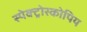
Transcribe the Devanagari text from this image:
स्पेक्ट्रोस्कोपिय